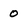
Character: 0